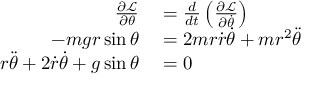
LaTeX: \begin{array} { r l } { { \frac { \partial { \mathcal { L } } } { \partial \theta } } } & { { } = { \frac { d } { d t } } \left( { \frac { \partial { \mathcal { L } } } { \partial { \dot { \theta } } } } \right) } \\ { - m g r \sin { \theta } } & { { } = 2 m r { \dot { r } } { \dot { \theta } } + m r ^ { 2 } { \ddot { \theta } } } \\ { r { \ddot { \theta } } + 2 { \dot { r } } { \dot { \theta } } + g \sin { \theta } } & { { } = 0 } \end{array}